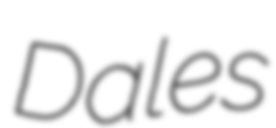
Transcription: Dales